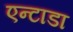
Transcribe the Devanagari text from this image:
एन्टाडा